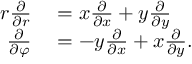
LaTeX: \begin{array} { r l } { r { \frac { \partial } { \partial r } } } & { { } = x { \frac { \partial } { \partial x } } + y { \frac { \partial } { \partial y } } } \\ { { \frac { \partial } { \partial \varphi } } } & { { } = - y { \frac { \partial } { \partial x } } + x { \frac { \partial } { \partial y } } . } \end{array}